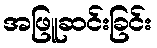
အဖြူဆင်းခြင်း